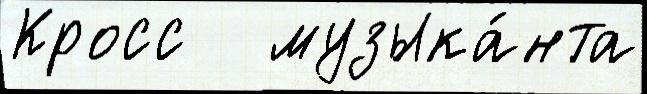
Кросс   музыка́нта